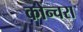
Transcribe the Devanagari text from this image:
कोन्चरा